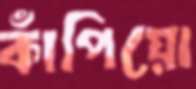
কাঁপিয়ো